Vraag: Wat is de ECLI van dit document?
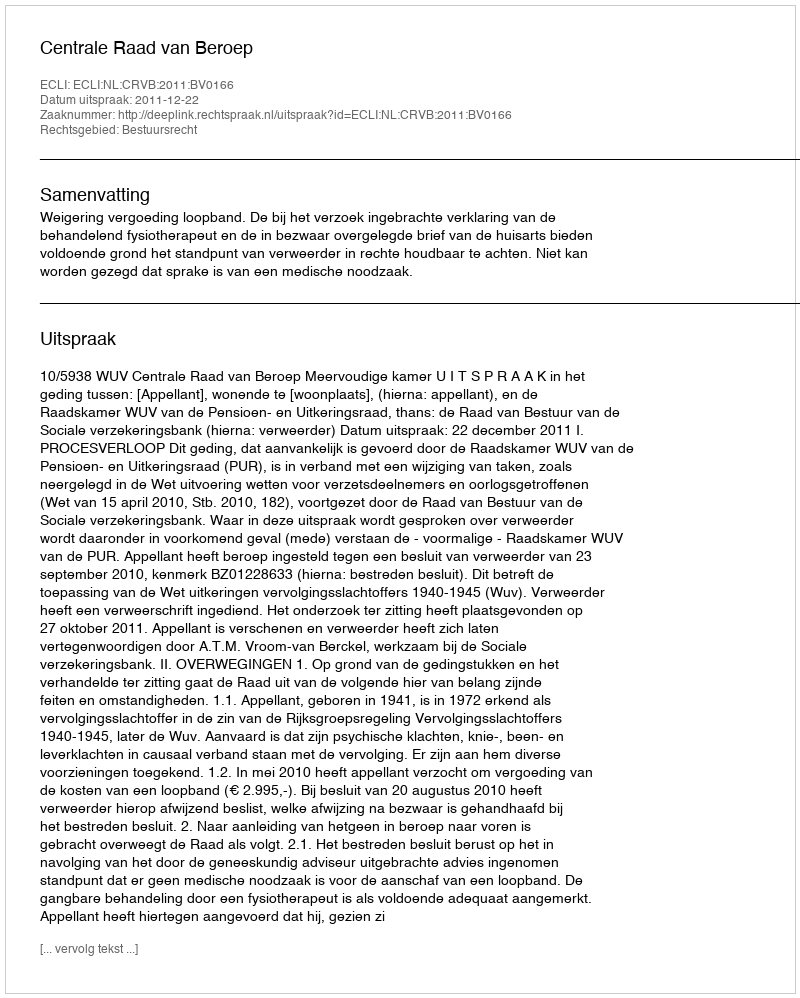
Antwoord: ECLI:NL:CRVB:2011:BV0166